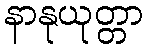
နာနုယုတ္တာ